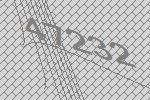
47232